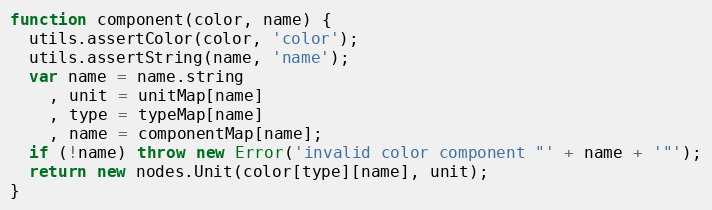
Language: JavaScript
function component(color, name) {
  utils.assertColor(color, 'color');
  utils.assertString(name, 'name');
  var name = name.string
    , unit = unitMap[name]
    , type = typeMap[name]
    , name = componentMap[name];
  if (!name) throw new Error('invalid color component "' + name + '"');
  return new nodes.Unit(color[type][name], unit);
}